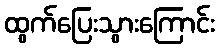
ထွက်ပြေးသွားကြောင်း